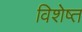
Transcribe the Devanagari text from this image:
विशेष्त